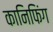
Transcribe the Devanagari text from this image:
कानिफिंग